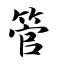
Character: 管